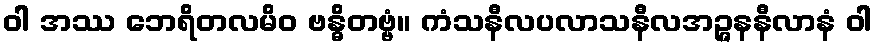
ဝါ အဿ ဘေရိတလမိဝ ဗန္ဓိတဗ္ဗံ။ ကံသနီလပလာသနီလအဉ္ဇနနီလာနံ ဝါ